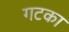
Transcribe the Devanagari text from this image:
गटका